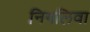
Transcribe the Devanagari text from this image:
निगलिवा